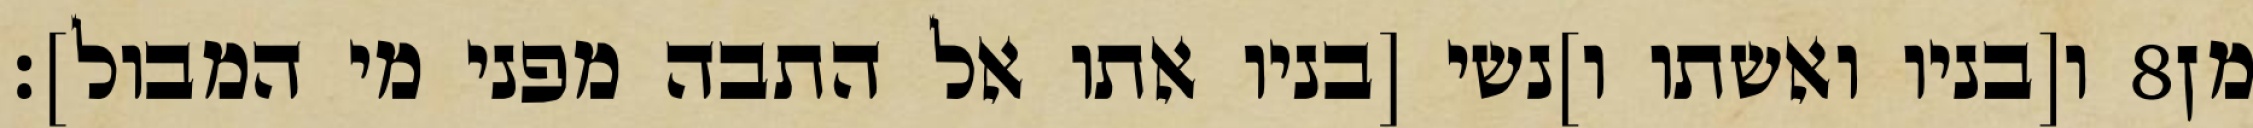
ו[בניו ואשתו ו]נשי [בניו אתו אל התבה מפני מי המבול]׃ ‎8‏ מן